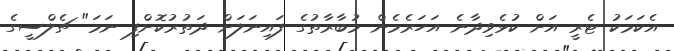
އެކަމަކު ޓެރީ އަށް ކުޅެވިދާނެ އަހަރެމެން މުބާރާތުގެ ފައިނަލަށް ދަތުރުކޮށްފި ނަމަ" ޗެލްސީގެ